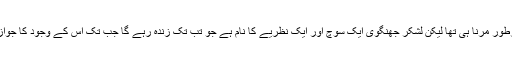
ملک اسحاق ایک انسان کا نام تھا جس نے بہرطور مرنا ہی تھا لیکن لشکرِ جھنگوی ایک سوچ اور ایک نظریے کا نام ہے جو تب تک زندہ رہے گا جب تک اس کے وجود کا جواز فراہم کرنے والی وجوہ کو ختم نہیں کیا جاتا۔